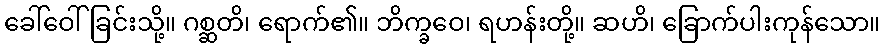
ခေါ်ဝေါ်ခြင်းသို့။ ဂစ္ဆတိ၊ ရောက်၏။ ဘိက္ခဝေ၊ ရဟန်းတို့။ ဆဟိ၊ ခြောက်ပါးကုန်သော။